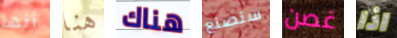
أنها هنا هناك سنصنع غصن اذا